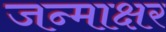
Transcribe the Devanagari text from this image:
जन्माक्षर